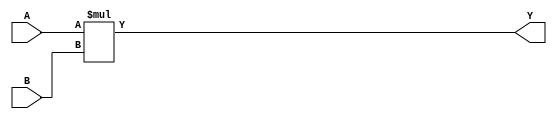
// This program was cloned from: https://github.com/lnis-uofu/OpenFPGA
// License: MIT License

//-----------------------------
// 8-bit multiplier
//-----------------------------
module mult_8(
  input [0:7] A,
  input [0:7] B,
  output [0:15] Y
);

assign Y = A * B;

endmodule